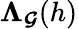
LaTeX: \boldsymbol{\Lambda}_{\boldsymbol{\mathcal{G}}}(h)